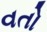
વતો